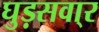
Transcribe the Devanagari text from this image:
घुड़सवा्र